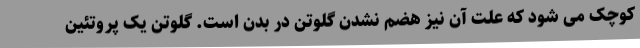
کوچک می شود که علت آن نیز هضم نشدن گلوتن در بدن است. گلوتن یک پروتئین